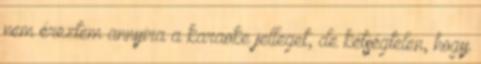
nem éreztem annyira a karaoke jelleget, de kétségtelen, hogy